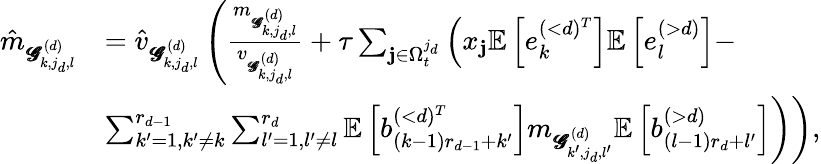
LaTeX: \begin{array}{rl}{\hat{m}_{\pmb{\mathscr{G}}_{k,j_{d},l}^{(d)}}}&{=\hat{v}_{\pmb{\mathscr{G}}_{k,j_{d},l}^{(d)}}\left(\frac{m_{\pmb{\mathscr{G}}_{k,j_{d},l}^{(d)}}}{v_{\pmb{\mathscr{G}}_{k,j_{d},l}^{(d)}}}+\tau\sum_{\mathbf{j}\in\Omega_{t}^{j_{d}}}\left(x_{\mathbf{j}}\mathbb{E}\left[e_{k}^{(<d)^{T}}\right]\mathbb{E}\left[e_{l}^{(>d)}\right]-\right.\right.}\\ &{\left.\left.\sum_{k^{\prime}=1,k^{\prime}\neq k}^{r_{d-1}}\sum_{l^{\prime}=1,l^{\prime}\neq l}^{r_{d}}\mathbb{E}\left[b_{(k-1)r_{d-1}+k^{\prime}}^{(<d)^{T}}\right]m_{\pmb{\mathscr{G}}_{k^{\prime},j_{d},l^{\prime}}^{(d)}}\mathbb{E}\left[b_{(l-1)r_{d}+l^{\prime}}^{(>d)}\right]\right)\right),}\end{array}